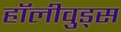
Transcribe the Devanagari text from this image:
हॉलीवुड्स